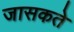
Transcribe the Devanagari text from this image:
जासकते